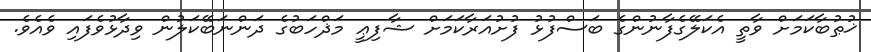
ޚުޠުބާކަމަށް ވާތީ އެކަލޭގެފާނުންގެ ބަސްފުޅު ފުށުއަރާކަމަށް ޝާފިޢީ މަޛްހަބުގެ ދަންނަބޭކަލުން ވިދާޅުވެފައި ވެއެވެ.